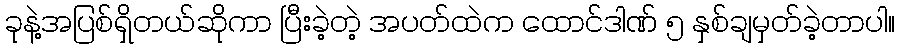
ခုနဲ့အပြစ်ရှိတယ်ဆိုကာ ပြီးခဲ့တဲ့ အပတ်ထဲက ထောင်ဒါဏ် ၅ နှစ်ချမှတ်ခဲ့တာပါ။